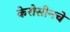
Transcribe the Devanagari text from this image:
केरोसीनचे